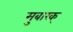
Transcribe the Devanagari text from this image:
मुबारक्